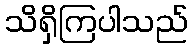
သိရှိကြပါသည်